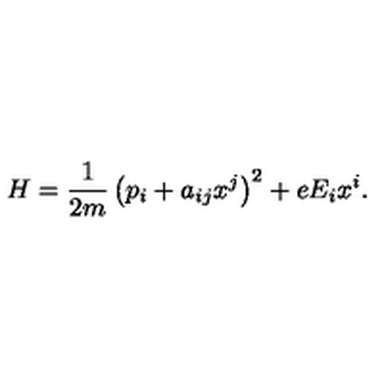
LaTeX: H = \frac { 1 } { 2 m } \left( p _ { i } + a _ { i j } x ^ { j } \right) ^ { 2 } + e E _ { i } x ^ { i } .